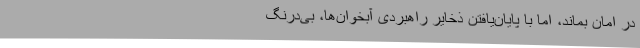
در امان بماند، اما با پایان‌یافتن ذخایر راهبردی آبخوان‌ها، بی‌درنگ